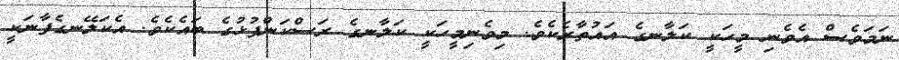
ނަމަވެސް އެވެނި މީހަކީ ކަލާނގެ އައުތާރެކެވެ. މިވެނިމީހަކީ ކަލާނގެ ރަސްކަންފުޅުގެ ބައެކެވެ. އެކަލޭނގެފާނަކީ